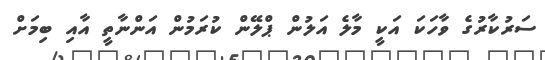
ސަރުކާރުގެ ވާހަކަ އަކީ މާލެ އަލުން ޕްލޭން ކުރަމުން އަންނާތީ އާއި ބިމަށް